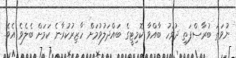
ނުވަތަ ބުރާސްފަތި ދުވަހު ބާއްވާ ކޮމިޓީގެ ބައްދަލުވުމަށް ހާޒިރުކުރާނެ ކަމަށް ބެލެވެ އެވެ.